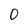
Character: 0